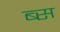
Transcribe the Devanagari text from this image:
ब्स